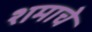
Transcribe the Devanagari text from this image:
शमाचे